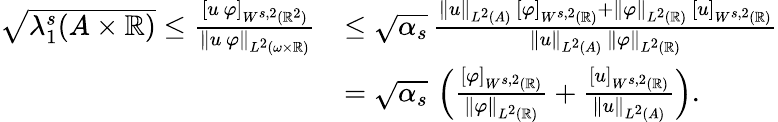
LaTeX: \begin{array}{rl}{\sqrt{\lambda_{1}^{s}(A\times\mathbb{R})}\le\frac{[u\, \varphi]_{W^{s,2}(\mathbb{R}^{2})}}{\| u\, \varphi\| _{L^{2}(\omega\times\mathbb{R})}}}&{\le\sqrt{\alpha_{s}}\, \frac{\| u\| _{L^{2}(A)}\, [\varphi]_{W^{s,2}(\mathbb{R})}+\| \varphi\| _{L^{2}(\mathbb{R})}\, [u]_{W^{s,2}(\mathbb{R})}}{\| u\| _{L^{2}(A)}\, \| \varphi\| _{L^{2}(\mathbb{R})}}}\\ &{=\sqrt{\alpha_{s}}\, \left(\frac{[\varphi]_{W^{s,2}(\mathbb{R})}}{\| \varphi\| _{L^{2}(\mathbb{R})}}+\frac{[u]_{W^{s,2}(\mathbb{R})}}{\| u\| _{L^{2}(A)}}\right).}\end{array}